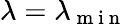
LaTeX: \lambda=\lambda_{\mathrm{~m~i~n~}}